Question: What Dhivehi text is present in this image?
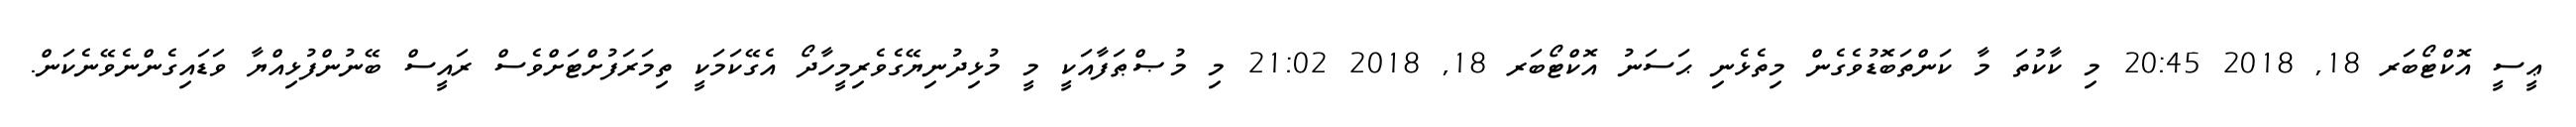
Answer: ޢީސީ އޮކްޓޯބަރ 18, 2018 20:45 މި ކާކުތަ މާ ކަންތަބޮޑުވެގެން މިތެޅެނި ޙަސަނު އޮކްޓޯބަރ 18, 2018 21:02 މި މުޞްޠަފާއަކީ މީ މުޅިދުނިޔޭގެވެރިމީހާދޯ އެގޭކަމަކީ ތިމަރަފުށްޓަށްވެސް ރައީސް ބޭނުންފުޅިއްޔާ ވަޑައިގެންނެވޭނެކަން.